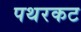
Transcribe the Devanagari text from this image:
पथरकट